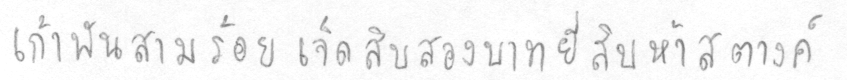
เก้าพันสามร้อยเจ็ดสิบสองบาทยี่สิบห้าสตางค์